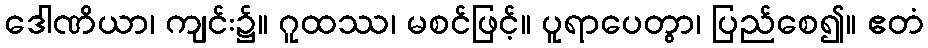
ဒေါဏိယာ၊ ကျင်း၌။ ဂူထဿ၊ မစင်ဖြင့်။ ပူရာပေတွာ၊ ပြည်စေ၍။ ဧတံ